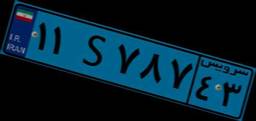
۳۰S۸۹۸۲۱